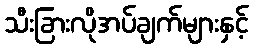
သီးခြားလိုအပ်ချက်များနှင့်